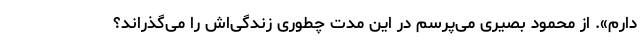
دارم». از محمود بصیری می‌پرسم در این مدت چطوری زندگی‌اش را می‌گذراند؟